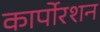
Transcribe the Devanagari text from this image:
कार्पोरशन